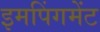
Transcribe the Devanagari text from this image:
इमपिंगमेंट